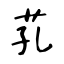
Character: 芤